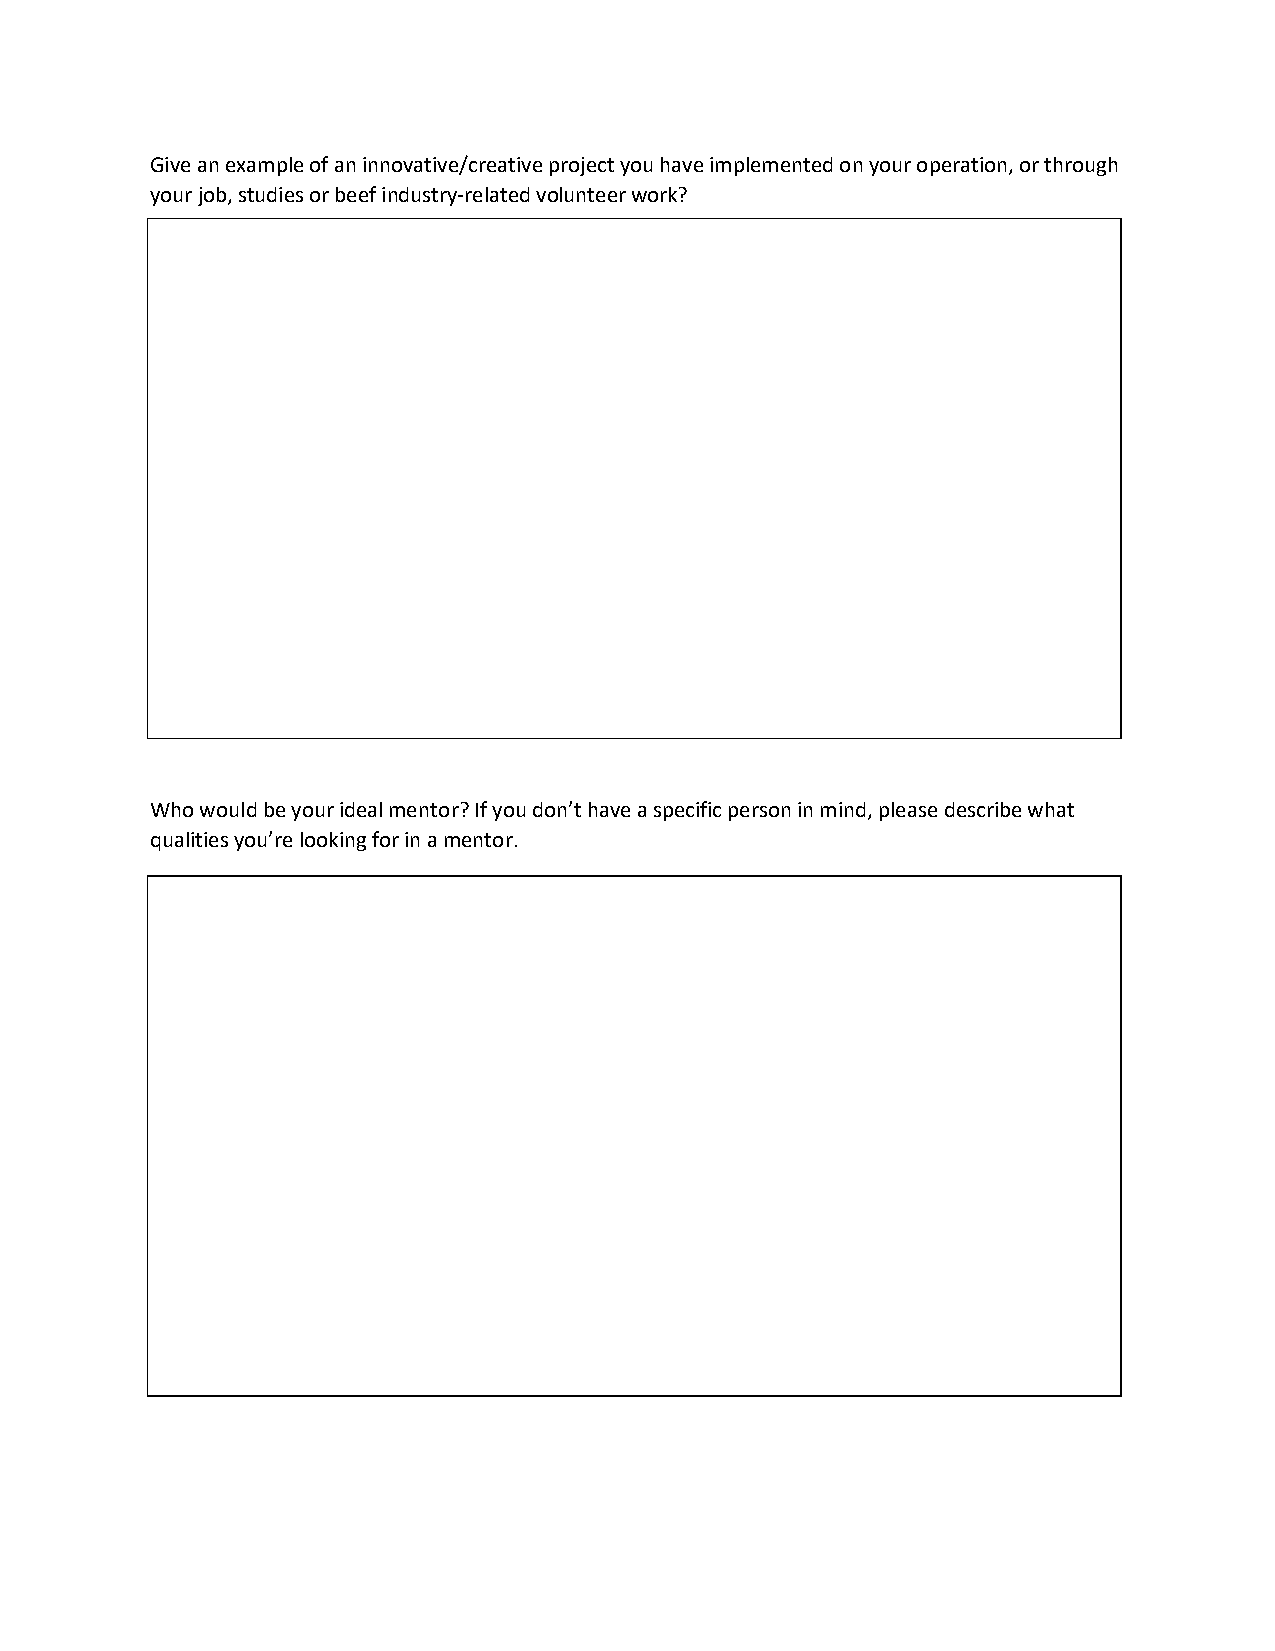
Give an example of an innovative/creative project you have implemented on your operation, or through
 your job, studies or beef industry-related volunteer work?
 Who would be your ideal mentor? If you don’t have a specific person in mind, please describe what
 qualities you’re looking for in a mentor.